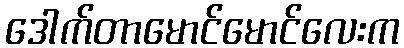
ဒေါက်တာမောင်မောင်လေးက